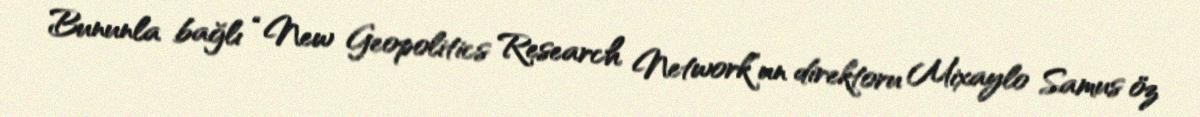
Bununla bağlı “New Geopolitics Research Network”un direktoru Mixaylo Samus öz